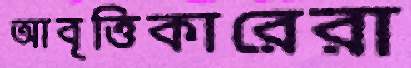
আবৃত্তিকারেরা